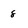
Character: 8